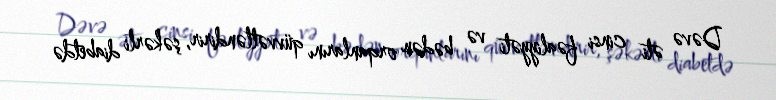
Dəvə əti cinsi fəaliyyəti və bədən orqanlarını qüvvətləndirir, şəkərli diabetdə